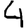
Digit: 4